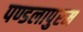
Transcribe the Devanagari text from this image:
पण्डलापुरम